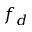
f _ { d }